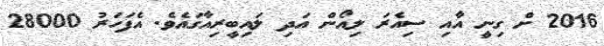
2016 ށް ގިނީ އާއި ސިއެރަ ލިއޯން އަދި ލައިބީރިއާގައެވެ. އެފަހަރު 28000